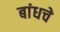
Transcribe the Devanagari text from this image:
बांधचे